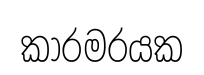
කාරමරයක